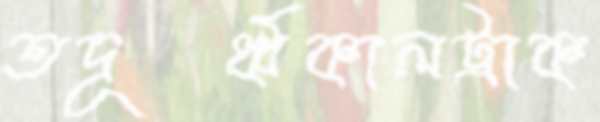
তদূর্ধ্বকালট্রাক